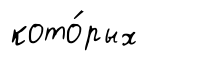
кото́рых